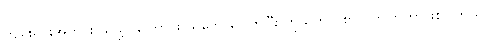
ကျမ်းရင်းအတိုင်း သိဖို့လိုကြောင်း သဘောပေါက်ပြီး ကိုယ်တိုင် စာလိုက်ကြတာဖြစ်ပါတယ်။